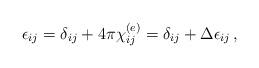
LaTeX: \begin{align*}\epsilon_{ij}=\delta_{ij}+4\pi\chi^{(e)}_{ij}=\delta_{ij}+\Delta\epsilon_{ij}\,,\end{align*}